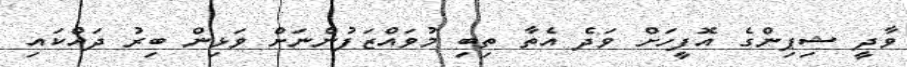
ވާދީ ޝިޕިންގެ އޮފީހަށް ވަދެ އެތާ ތިބި މުވައްޒަފުންނަށް ވަޅިން ބިރު ދައްކައި